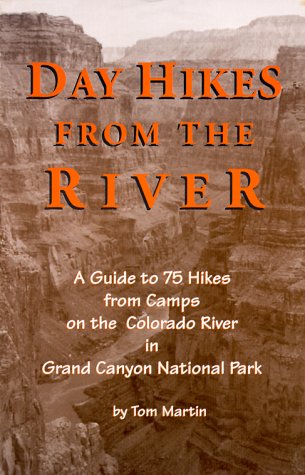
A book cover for Day Hikes from the River: A Guide to 75 Hikes from Camps on the Colorado River in Grand Canyon National Park; Tom Martin; Sports & Outdoors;